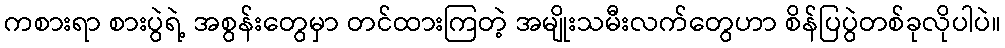
ကစားရာ စားပွဲရဲ့ အစွန်းတွေမှာ တင်ထားကြတဲ့ အမျိုးသမီးလက်တွေဟာ စိန်ပြပွဲတစ်ခုလိုပါပဲ။